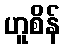
ဟူစိန်